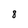
Character: 8